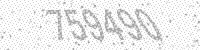
Solution: 759490